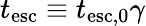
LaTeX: t_{\mathrm{esc}}\equiv t_{\mathrm{esc,0}}\gamma